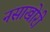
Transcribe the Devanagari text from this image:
नसाखोरी